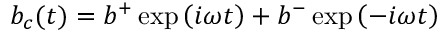
b _ { c } ( t ) = b ^ { + } \exp \left( { i \omega t } \right) + b ^ { - } \exp \left( { - i \omega t } \right)